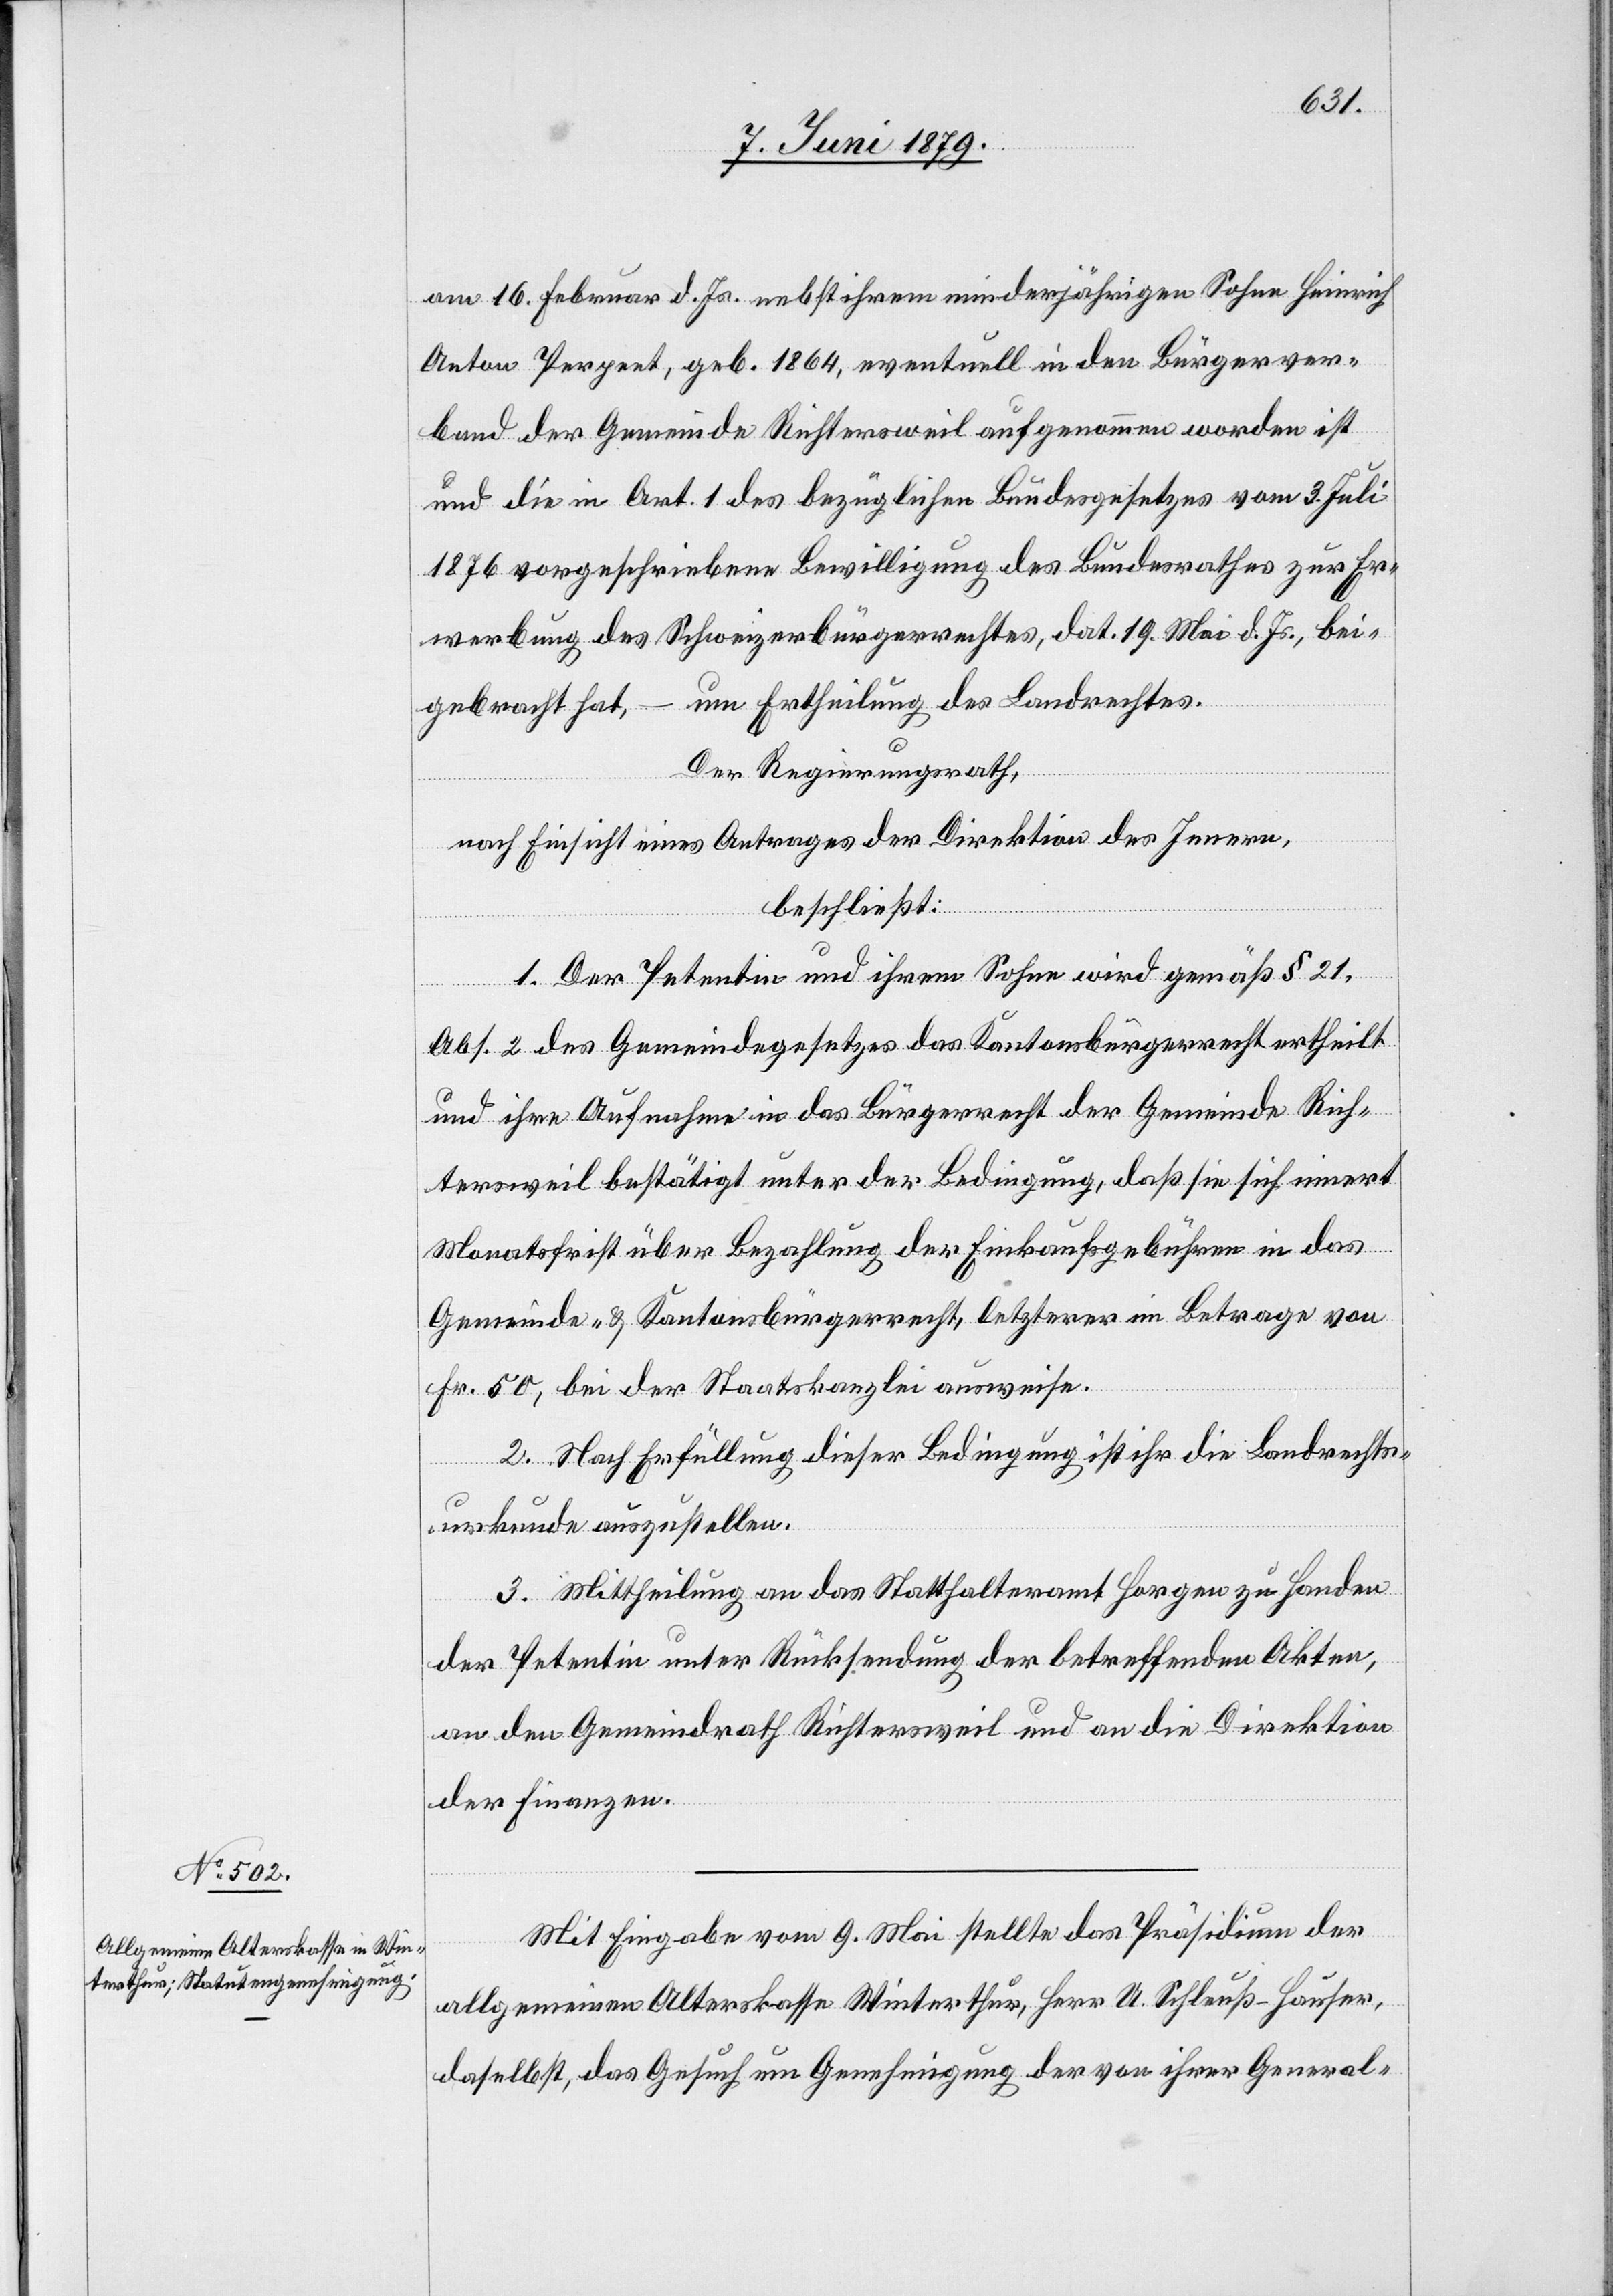
am 16. Februar d. Js. nebst ihrem minderjährigen Sohne Heinrich
Anton Perpeet, geb. 1864, eventuell in den Bürgerver¬
band der Gemeinde Richtersweil aufgenommen worden ist
und die in Art. 1 des bezüglichen Bundesgesetzes vom 3. Juli
1876 vorgeschriebene Bewilligung des Bundesrathes zur Er¬
werbung des Schweizerbürgerrechtes, dat. 19. Mai d. Js., bei¬
gebracht hat, – um Ertheilung des Landrechtes.
Der Regierungsrath,
nach Einsicht eines Antrages der Direktion des Innern,
beschließt:
1. Der Petentin und ihrem Sohne wird gemäß § 21,
Abs. 2 des Gemeindegesetzes das Kantonsbürgerrecht ertheilt
und ihre Aufnahme in das Bürgerrecht der Gemeinde Rich¬
tersweil bestätigt unter der Bedingung, daß sie sich innert
Monatsfrist über Bezahlung der Einkaufsgebühren in das
Gemeinde- & Kantonsbürgerrecht, letzterer im Betrage von
Fr. 50, bei der Staatskanzlei ausweise.
2. Nach Erfüllung dieser Bedingung ist ihr die Landrechts¬
urkunde auszustellen.
3. Mittheilung an das Statthalteramt Horgen zu Handen
der Petentin unter Rücksendung der betreffenden Akten,
an den Gemeindrath Richtersweil und an die Direktion
der Finanzen.
Mit Eingabe vom 9. Mai stellte das Präsidium der
allgemeinen Alterskasse Winterthur, Herr A. Schleuß-Hauser,
daselbst, das Gesuch um Genehmigung der von ihrer General-